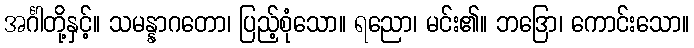
အင်္ဂါတို့နှင့်။ သမန္နာဂတော၊ ပြည့်စုံသော။ ရညော၊ မင်း၏။ ဘဒြော၊ ကောင်းသော။